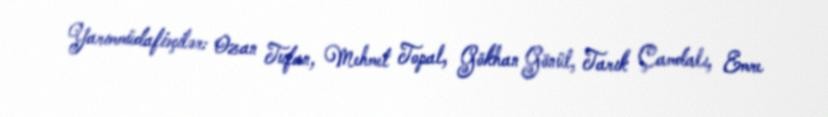
Yarımmüdafiəçilər: Ozan Tufan, Mehmet Topal, Gökhan Gönül, Tarık Çamdalı, Emre